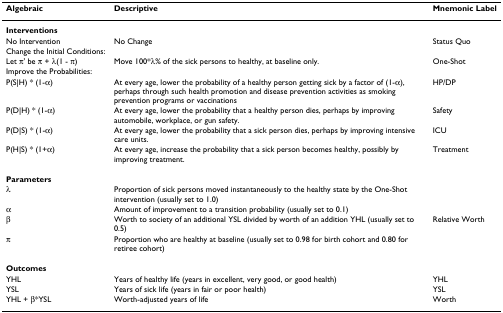
| Algebraic | Descriptive | Mnemonic Label |
 | --- | --- | --- |
 | Interventions |  |  |
 | No Intervention | No Change | Status Quo |
 | Change the Initial Conditions: |  |  |
 | Let π' be π + λ(1 - π) | Move 100*λ% of the sick persons to healthy, at baseline only. | One-Shot |
 | Improve the Probabilities: |  |  |
 | P(S|H) * (1-α) | At every age, lower the probability of a healthy person getting sick by a factor of (1-α), perhaps through such health promotion and disease prevention activities as smoking prevention programs or vaccinations | HP/DP |
 | P(D|H) * (1-α) | At every age, lower the probability that a healthy person dies, perhaps by improving automobile, workplace, or gun safety. | Safety |
 | P(D|S) * (1-α) | At every age, lower the probability that a sick person dies, perhaps by improving intensive care units. | ICU |
 | P(H|S) * (1+α) | At every age, increase the probability that a sick person becomes healthy, possibly by improving treatment. | Treatment |
 | Parameters |  |  |
 | λ | Proportion of sick persons moved instantaneously to the healthy state by the One-Shot intervention (usually set to 1.0) |  |
 | α | Amount of improvement to a transition probability (usually set to 0.1) |  |
 | β | Worth to society of an additional YSL divided by worth of an addition YHL (usually set to 0.5) | Relative Worth |
 | π | Proportion who are healthy at baseline (usually set to 0.98 for birth cohort and 0.80 for retiree cohort) |  |
 | Outcomes |  |  |
 | YHL | Years of healthy life (years in excellent, very good, or good health) | YHL |
 | YSL | Years of sick life (years in fair or poor health) | YSL |
 | YHL + β*YSL | Worth-adjusted years of life | Worth |